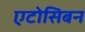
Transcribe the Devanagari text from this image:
एटोसिबन